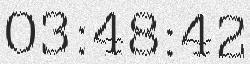
03:48:42